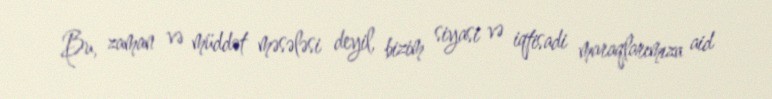
Bu, zaman və müddət məsələsi deyil, bizim siyasi və iqtisadi maraqlarımıza aid